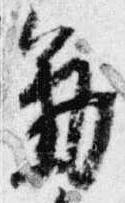
気